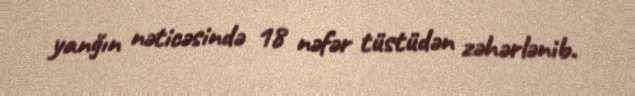
yanğın nəticəsində 18 nəfər tüstüdən zəhərlənib.